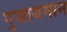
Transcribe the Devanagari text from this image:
गुजायमान